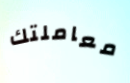
معاملتك